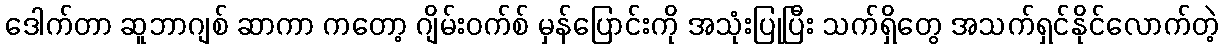
ဒေါက်တာ ဆူဘာဂျစ် ဆာကာ ကတော့ ဂျိမ်းဝက်စ် မှန်ပြောင်းကို အသုံးပြုပြီး သက်ရှိတွေ အသက်ရှင်နိုင်လောက်တဲ့